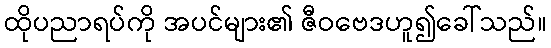
ထိုပညာရပ်ကို အပင်များ၏ ဇီဝဗေဒဟူ၍ခေါ်သည်။